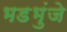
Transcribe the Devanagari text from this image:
भडभुंजे